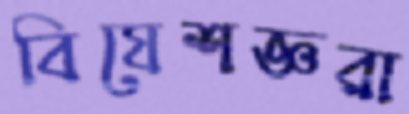
বিষেশজ্ঞরা